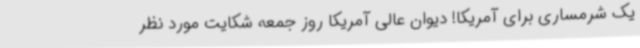
یک شرمساری برای آمریکا! دیوان عالی آمریکا روز جمعه شکایت مورد نظر